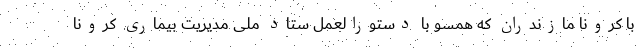
با کرونا مازندران که همسو با دستورالعمل ستاد ملی مدیریت بیماری کرونا